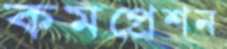
কমপ্রেশন